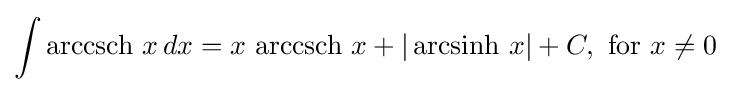
\int \operatorname {arccsch} \,x\,dx=x\,\operatorname {arccsch} \,x+\vert \operatorname {arcsinh} \,x\vert +C,{\text{ for }}x\neq 0